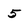
Character: 5